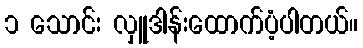
၁ သောင်း လှူဒါန်းထောက်ပံ့ပါတယ်။